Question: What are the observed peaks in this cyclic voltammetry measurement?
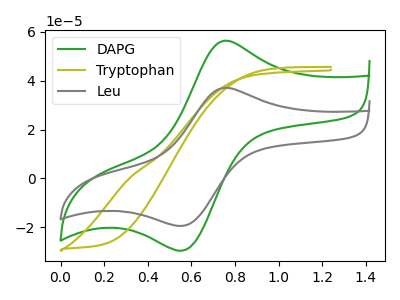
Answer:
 <answer>The green curve "DAPG" has an anodic peak at (0.75V, 56.45uA) and a cathodic peak at (0.55V, -29.25uA). The olive curve "Tryptophan" has no peaks. The gray curve "Leu" has an anodic peak at (0.75V, 37.10uA) and a cathodic peak at (0.55V, -19.25uA).</answer>
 <eval></eval>